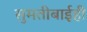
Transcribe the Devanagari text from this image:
सुमतीबाईही